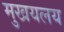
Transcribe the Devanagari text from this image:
मुखयलय